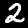
Digit: 2